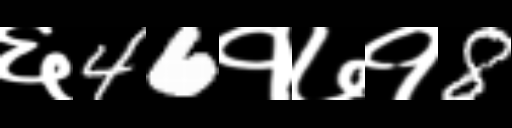
Text: ६46१७१8